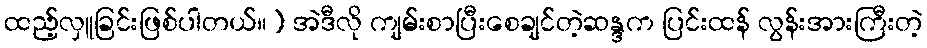
ထည့်လှူခြင်းဖြစ်ပါတယ်။) အဲဒီလို ကျမ်းစာပြီးစေချင်တဲ့ဆန္ဒက ပြင်းထန် လွန်းအားကြီးတဲ့